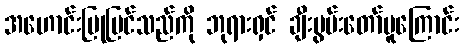
အဟောင်းပြုပြင်သည်ကို ဘုရားရှင် ချီးမွမ်းတော်မူကြောင်း